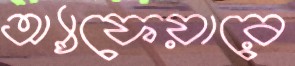
অ্যাফেয়ারে